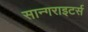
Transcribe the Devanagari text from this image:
सान्गराइटर्स